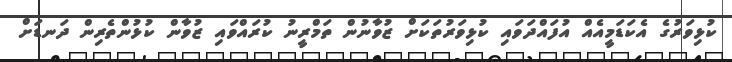
ކުޅިވަރުގެ އެކަޑަމީއެއް އުފައްދަވައި ކުޅިވަރުތަކަށް ޒުވާނުން ތަމްރީނު ކުރައްވައި ޒުވާން ކުޅުންތެރިން ދަނޑަށް